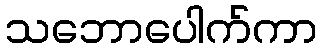
သဘောပေါက်ကာ